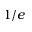
1 / e